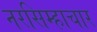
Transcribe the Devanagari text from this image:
नरसिम्हाचार